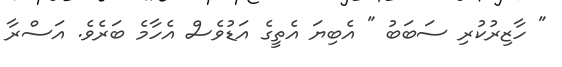
" ހާޒިރުކުރި ސަބަބު " އެބިޔަ އެތީގެ އަޑުވެސް އެހާމެ ބަރެވެ. އަސްރާ